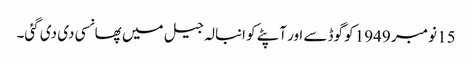
15 نومبر 1949 کو گوڈسے اور آپٹے کو انبالہ جیل میں پھانسی دی دی گئی۔